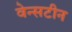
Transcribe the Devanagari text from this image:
वेन्सटीन